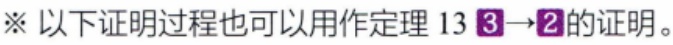
※ 以下证明过程也可以用作定理 13 \(3\rightarrow2\) 的证明。